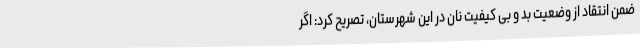
ضمن انتقاد از وضعیت بد و بی کیفیت نان در این شهرستان، تصریح کرد: اگر